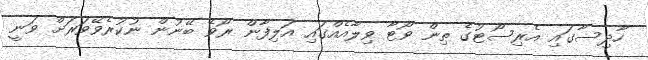
ހާދިސާގައި އެރިސޯޓުގެ ތިން ވޯޓާ ވިލާއެއްގައި އަލިފާން ރޯވެ ބޭނުން ނުކުރެވޭވަރަށް ވަނީ